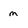
Character: m